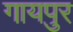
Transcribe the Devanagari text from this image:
गायपुर